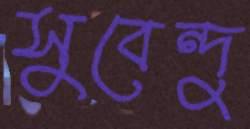
সুবেন্দু